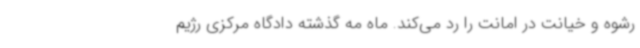
رشوه و خیانت در امانت را رد می‌کند. ماه مه گذشته دادگاه مرکزی رژیم